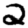
Digit: 2